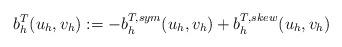
LaTeX: \begin{align*}b^{T}_{h} (u_{h},v_{h}):= -b^{T,sym}_{h}(u_{h},v_{h})+b^{T,skew}_{h}(u_{h},v_{h}) \end{align*}